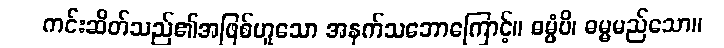
ကင်းဆိတ်သည်၏အဖြစ်ဟူသော အနက်သဘောကြောင့်။ ဓမ္မံပိ၊ ဓမ္မမည်သော။